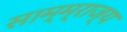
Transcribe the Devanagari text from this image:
साम्म्राज्य